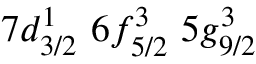
7 d _ { 3 / 2 } ^ { 1 } \, \, 6 f _ { 5 / 2 } ^ { 3 } \, \, 5 g _ { 9 / 2 } ^ { 3 }